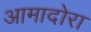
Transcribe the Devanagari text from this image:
आमादोरा